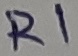
Text: R1